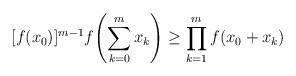
LaTeX: \begin{align*}[f(x_0)]^{m-1}f\Biggl(\sum_{k=0}^mx_k\Biggr)\ge \prod_{k=1}^mf(x_0+x_k)\end{align*}